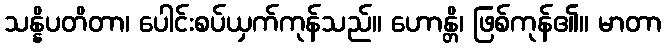
သန္နိပတိတာ၊ ပေါင်းစပ်ယှက်ကုန်သည်။ ဟောန္တိ၊ ဖြစ်ကုန်၏။ မာတာ